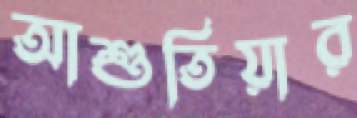
আশুতিয়ার